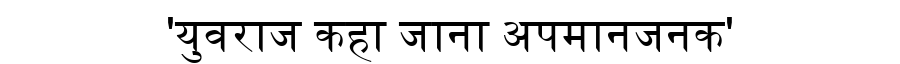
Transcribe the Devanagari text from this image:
'युवराज कहा जाना अपमानजनक'